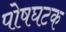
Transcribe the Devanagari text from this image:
पोषघटक